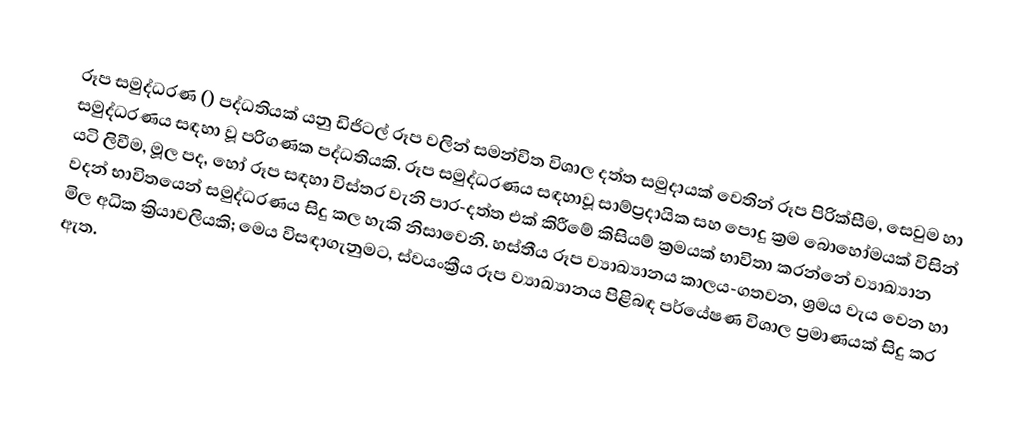
රූප සමුද්ධරණ () පද්ධතියක් යනු  ඩිජිටල් රූප වලින් සමන්විත විශාල දත්ත සමුදායක් වෙතින්  රූප පිරික්සීම, සෙවුම හා සමුද්ධරණය සඳහා වූ පරිගණක පද්ධතියකි. රූප සමුද්ධරණය සඳහාවූ සාම්ප්‍රදායික සහ පොදු ක්‍රම බොහෝමයක් විසින්  යටි ලිවීම, මූල පද, හෝ රූප සඳහා විස්තර වැනි පාර-දත්ත එක් කිරීමේ කිසියම් ක්‍රමයක් භාවිතා කරන්නේ   ව්‍යාඛ්‍යාන වදන් භාවිතයෙන් සමුද්ධරණය සිදු කල හැකි නිසාවෙනි. හස්තීය රූප ව්‍යාඛ්‍යානය කාලය-ගතවන, ශ්‍රමය වැය වෙන හා මිල අධික ක්‍රියාවලියකි; මෙය විසඳාගැනුමට, ස්වයංක්‍රීය රූප ව්‍යාඛ්‍යානය පිළිබඳ පර්යේෂණ විශාල ප්‍රමාණයක් සිදු කර ඇත.